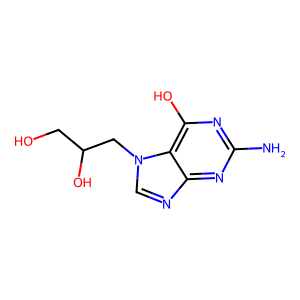
SMILES: Nc1nc(O)c2c(ncn2CC(O)CO)n1
Inhibits HIV replication: No